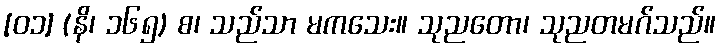
[၀၁] (နိ၊ ၁၆၅) စ၊ သည်သာ မကသေး။ သုညတော၊ သုညတမဂ်သည်။